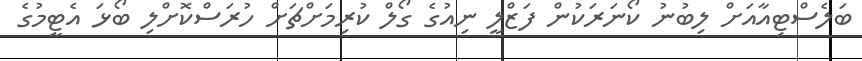
ބަލެސްޓިއާއަށް ލިބުނު ކޯނަރަކުން ފަޒްލީ ނިއުގެ ގޯލް ކުރިމަށްޗަށް ހުރަސްކޮށްލި ބޯޅަ އެޓީމުގެ